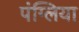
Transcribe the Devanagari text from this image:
पंग्लिया